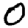
Digit: 0